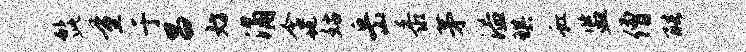
髭量于昌妨涌含地姑岳黍茅溢琪虹监僧酷